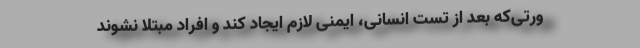
ورتی‌که بعد از تست انسانی، ایمنی لازم ایجاد کند و افراد مبتلا نشوند